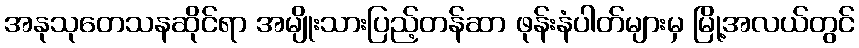
အနုသုတေသနဆိုင်ရာ အမျိုးသားပြည့်တန်ဆာ ဖုန်းနံပါတ်များမှ မြို့အလယ်တွင်